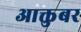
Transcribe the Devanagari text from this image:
आक्तुबर